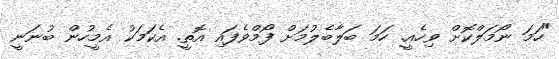
"ހަމަ ނޯމަލްކޮށް ވިހެއީ. ހަމަ ބަލާބެލުމަށް ފޯމްވެފައި އޮތީ. އެކަމަކު އެމީހުން ބުނަނީ